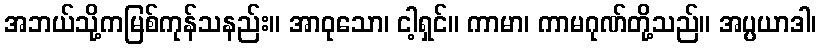
အဘယ်သို့ကမြစ်ကုန်သနည်း။ အာဝုသော၊ ငါ့ရှင်။ ကာမာ၊ ကာမဂုဏ်တို့သည်။ အပ္ပယာဒါ၊